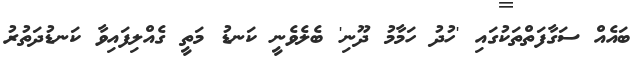
ބައެއް ސަގާފަތްތަކުގައި 'ހުދު ހަމާމު ދޫނި' ބެލެވެނީ ކަނޑު މަތީ ގެއްލިފައިވާ ކަނޑުދަތުރު